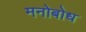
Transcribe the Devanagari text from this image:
मनोबोध